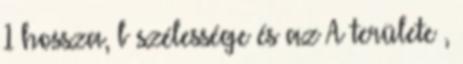
1 hossza, b szélessége és az A területe ,